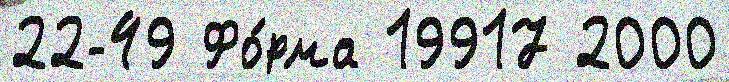
22-49 Фо́рма 19917 2000